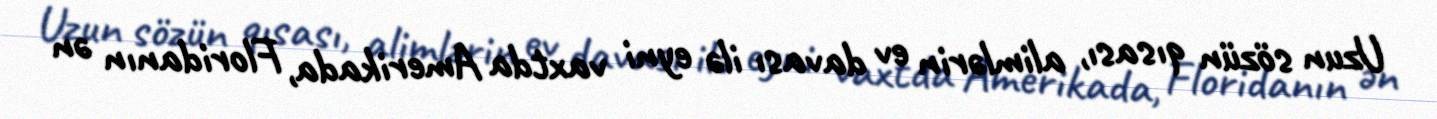
Uzun sözün qısası, alimlərin ev davası ilə eyni vaxtda Amerikada, Floridanın ən